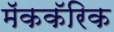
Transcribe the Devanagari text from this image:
मॅककॅरिक